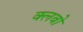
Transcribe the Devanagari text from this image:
क्लबो